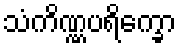
သံကိဏ္ဏပရိက္ခော